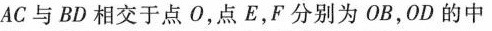
AC与BD相交于点O，点E，F分别为OB，OD的中